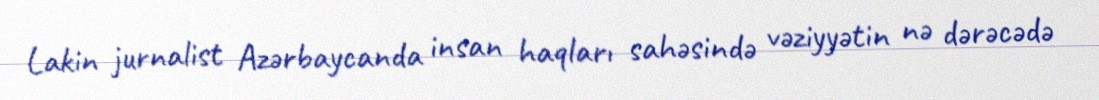
Lakin jurnalist Azərbaycanda insan haqları sahəsində vəziyyətin nə dərəcədə